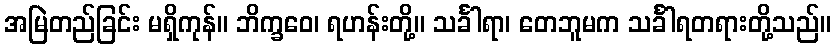
အမြဲတည်ခြင်း မရှိကုန်။ ဘိက္ခဝေ၊ ရဟန်းတို့။ သင်္ခါရာ၊ တေဘူမက သင်္ခါရတရားတို့သည်။